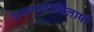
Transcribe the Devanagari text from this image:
वामपादाभिलाषी